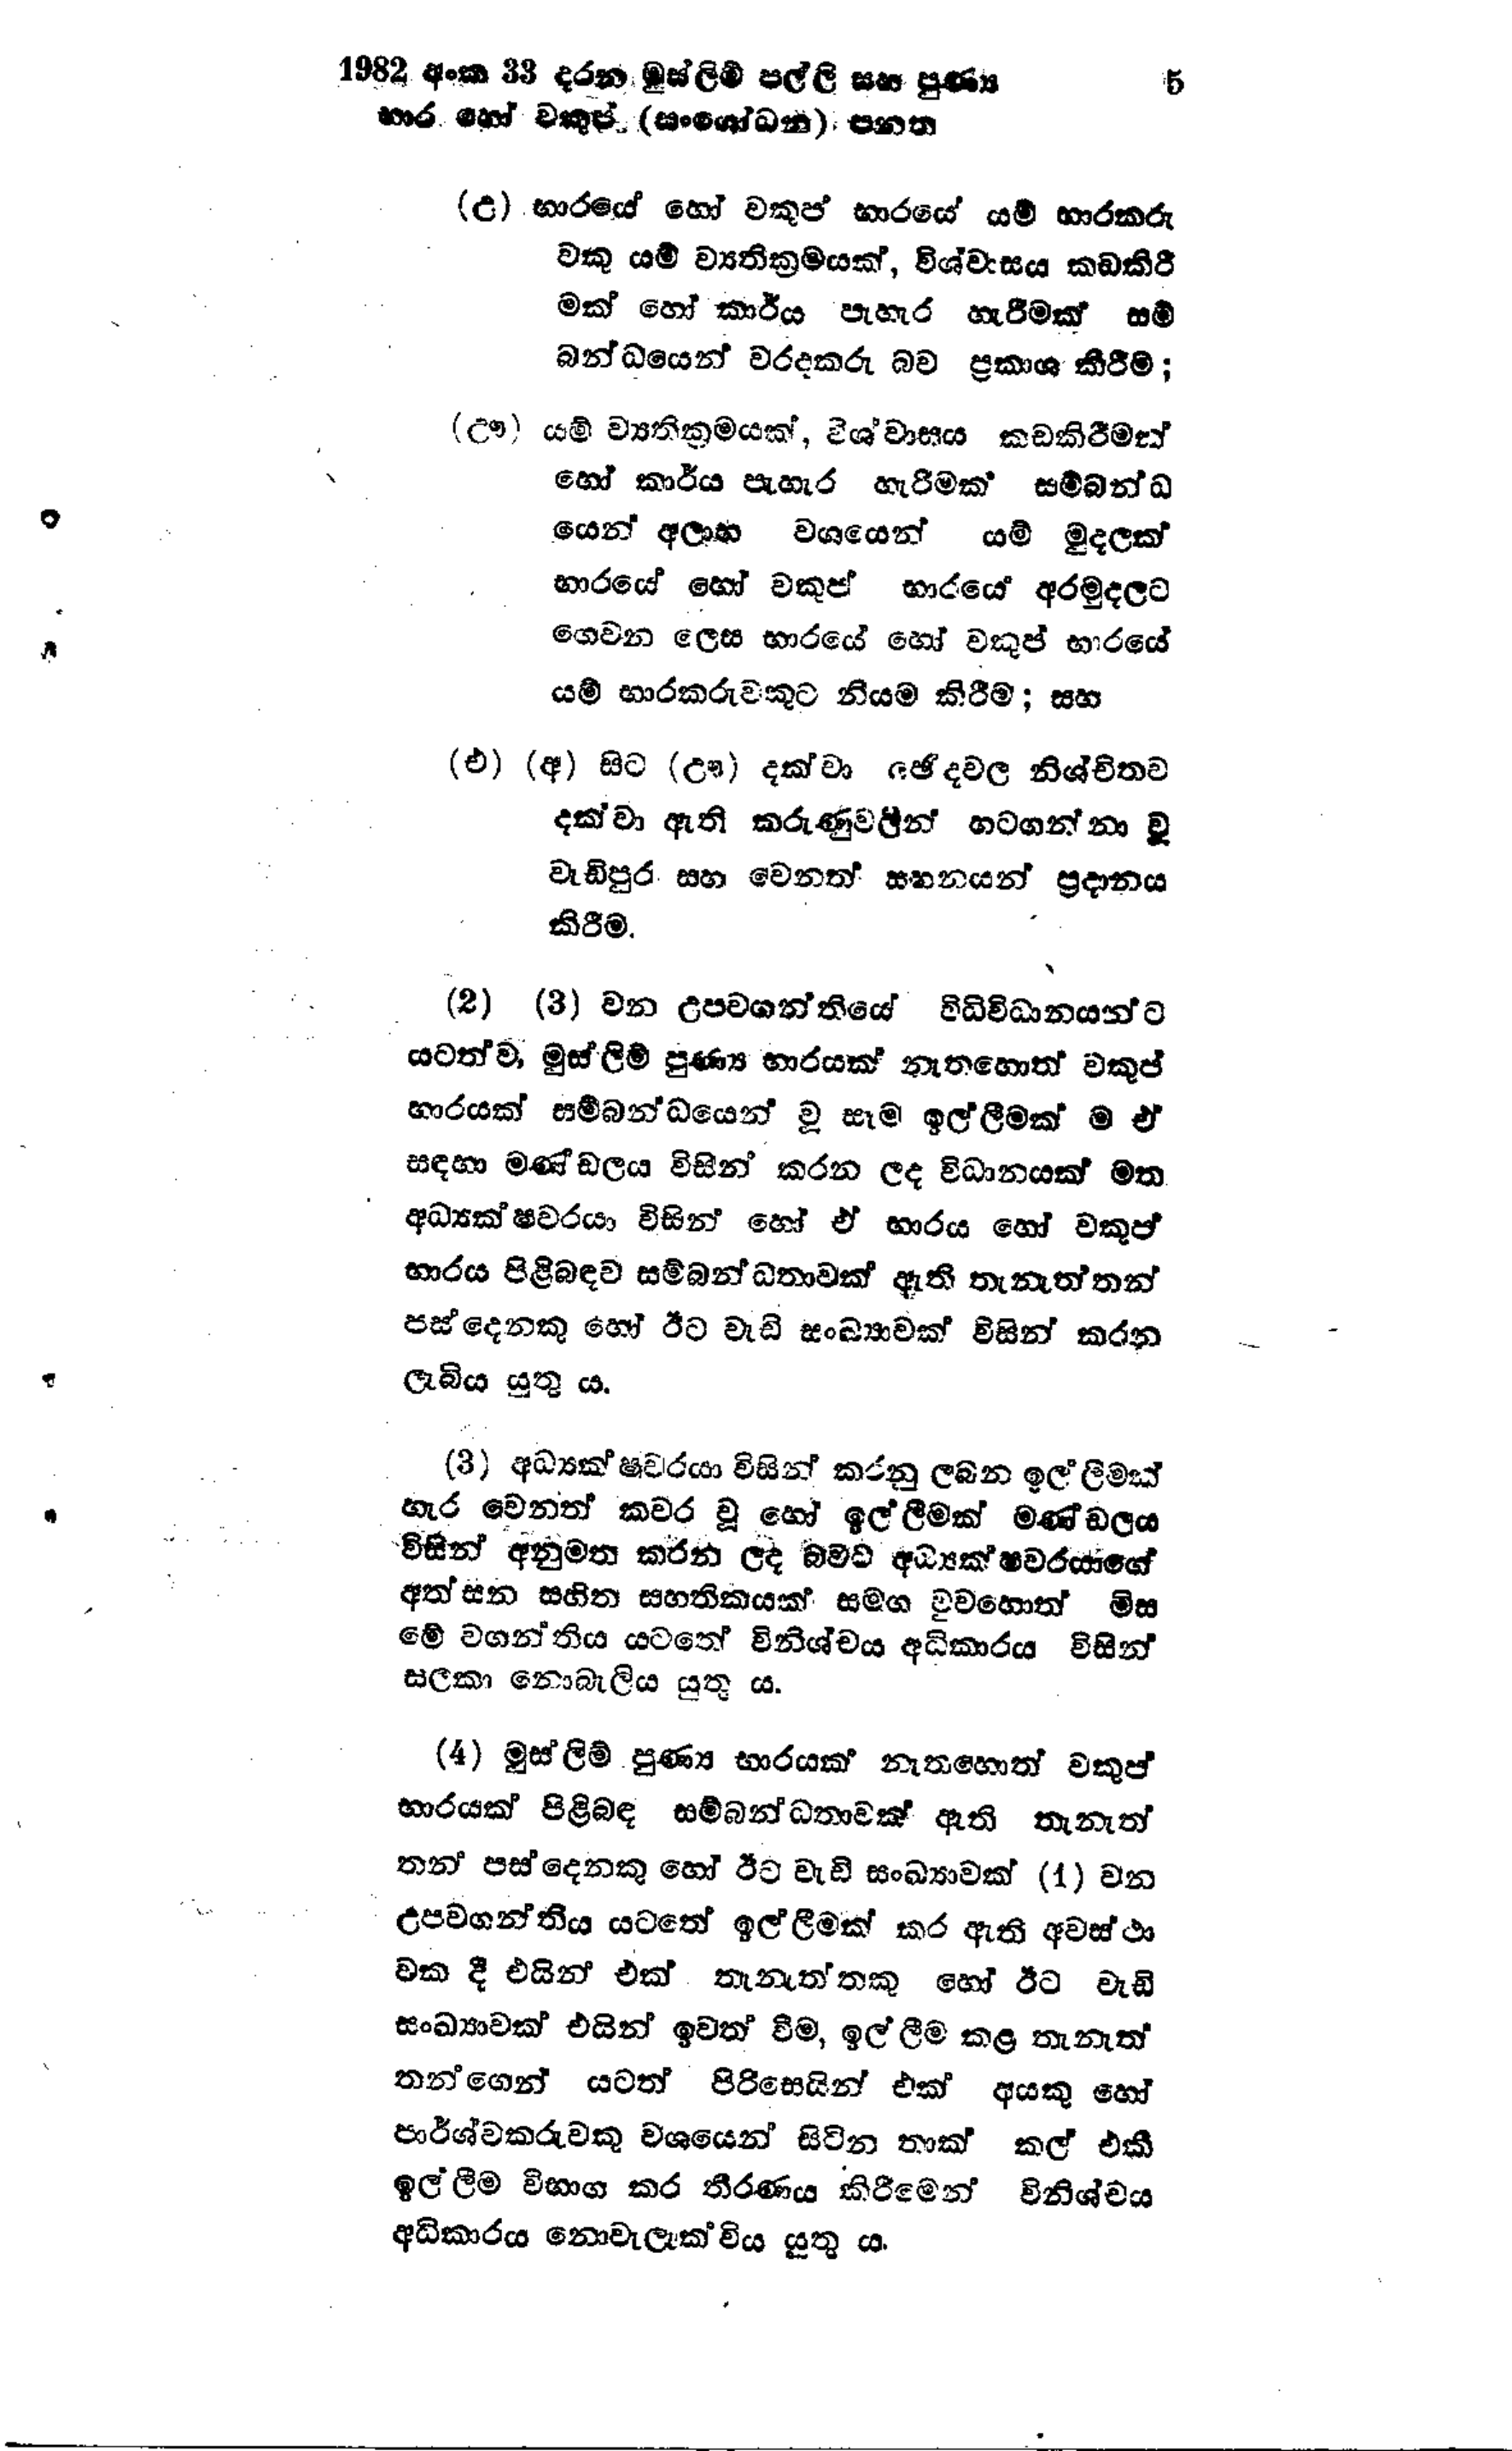
1982 අංක 33 දරන මුස්ලිම් පල්ලි සහ පුණ්‍ය   5
භාර හෝ වකුප් (සංශෝධන) පනත

(උ) භාරයේ හෝ වකුප් භාරයේ යම් භාරකරු
වකු යම් ව්‍යතික්‍රමයක්, විශ්වාසය කඩකිරී
මක් හෝ කාර්ය පැහැර හැරීමක් සම්
බන්ධයෙන් වරදකරු බව ප්‍රකාශ කිරීම;

(ඌ) යම් ව්‍යතික්‍රමයක්, විශ්වාසය කඩකිරීමක්
හෝ කාර්ය පැහැර හැරීමක සම්බන්ධ
යෙන් අලාභ වශයෙන් යම් මුදලක්
භාරයේ හෝ වකුප් භාරයේ අරමුදලට
ගෙවන ලෙස භාරයේ හෝ වකුප් භාරයේ
යම් භාරකරුවකුට නියම කිරීම; සහ

(එ) (අ) සිට (ඌ) දක්වා ඡේදවල නිශ්චිතව
දක්වා ඇති කරුණුවලින් හටගන්නා වූ
වැඩිපුර සහ වෙනත් සහනයන් ප්‍රදානය
කිරීම.

(2) (3) වන උපවගන්තියේ විධිවිධානයන්ට
යටත්ව, මුස්ලිම් පුණ්‍ය භාරයක් නැතහොත් වකුප්
භාරයක් සම්බන්ධයෙන් වූ සෑම ඉල්ලීමක් ම ඒ
සඳහා මණ්ඩලය විසින් කරන ලද විධානයක් මත
අධ්‍යක්ෂවරයා විසින් හෝ ඒ භාරය හෝ වකුප්
භාරය පිළිබඳව සම්බන්ධතාවක් ඇති තැනැත්තන්
පස් දෙනකු හෝ ඊට වැඩි සංඛ්‍යාවක් විසින් කරන
ලැබිය යුතු ය.

(3) අධ්‍යක්ෂවරයා විසින් කරනු ලබන ඉල්ලීමක්
හැර වෙනත් කවර වූ හෝ ඉල්ලීමක් මණ්ඩලය
විසින් අනුමත කරන ලද බවට අධ්‍යක්ෂවරයාගේ
අත්සන සහිත සහතිකයක් සමඟ වුවහොත් මිස
මේ වගන්තිය යටතේ විනිශ්චය අධිකාරය විසින්
සලකා නොබැලිය යුතු ය.

(4) මුස්ලිම් පුණ්‍ය භාරයක් නැතහොත් වකුප්
භාරයක් පිළිබඳ සම්බන්ධතාවක් ඇති තැනැත්
තන පස්දෙනකු හෝ ඊට වැඩි සංඛ්‍යාවක් (1) වන
උපවගන්තිය යටතේ ඉල්ලීමක් කර ඇති අවස්ථා
වක දී එයින් එක් තැනැත්තකු හෝ ඊට වැඩි
සංඛ්‍යාවක් එයින් ඉවත් වීම, ඉල්ලීම කළ තැනැත්
තන්ගෙන් යටත් පිරිසෙයින් එක් අයකු හෝ
පාර්ශ්වකරුවකු වශයෙන් සිටින තාක් කල් එකී
ඉල්ලීම විභාග කර තීරණය කිරීමෙන් විනිශ්චය
අධිකාරය නොවැලැක්විය යුතු ය.